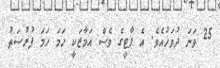
25 ވަނަ ދުވަހުއެވެ. އެ ޕާޓީގެ ވެސް އަމާޒަކީ ހަމަ ހަމަ ފުރުސަތު